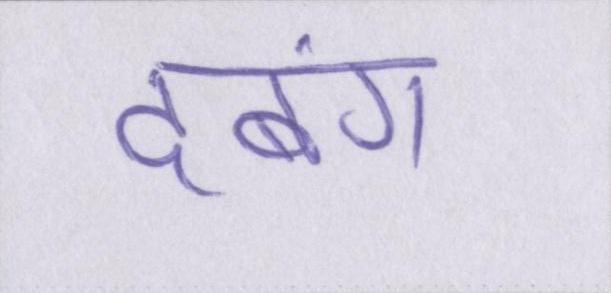
दबंग